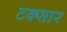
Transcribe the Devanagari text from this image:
टक्सार